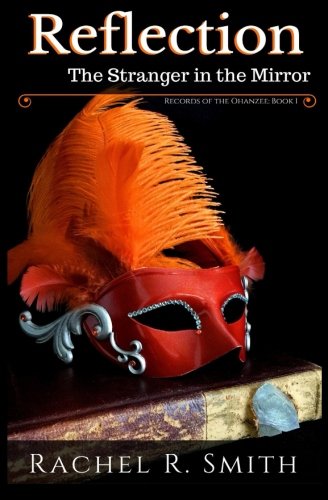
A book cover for Reflection: The Stranger in the Mirror (Records of the Ohanzee) (Volume 1); Rachel R. Smith; Science Fiction & Fantasy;